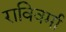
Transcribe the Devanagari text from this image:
राविवर्मा